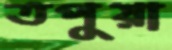
তপুয়া